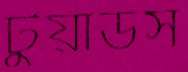
টুয়াডর্স